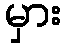
မှား